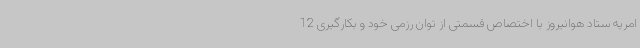
امریه ستاد هوانیروز با اختصاص قسمتی از توان رزمی خود و بکارگیری 12